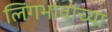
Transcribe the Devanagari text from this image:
लिंगभावांच्या